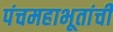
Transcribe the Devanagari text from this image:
पंचमहाभूतांची